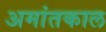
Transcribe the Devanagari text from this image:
अमांतकाल